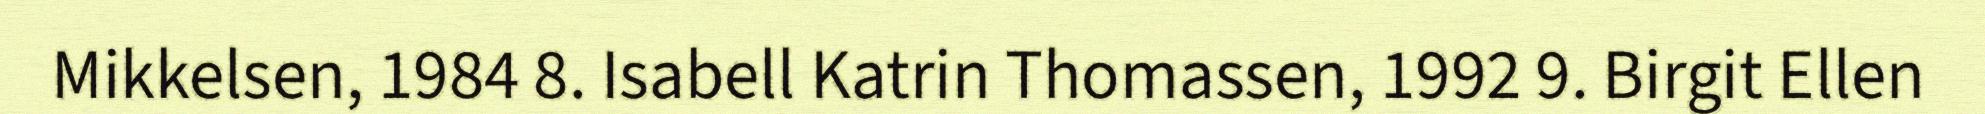
Mikkelsen, 1984 8. Isabell Katrin Thomassen, 1992 9. Birgit Ellen